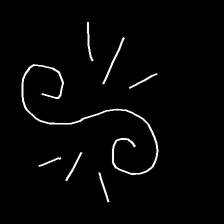
Glyph: wind-directs-air